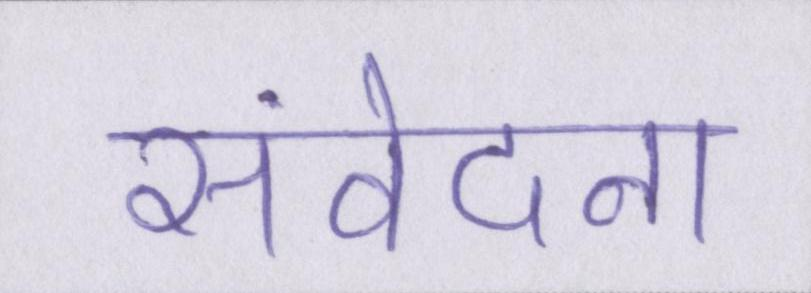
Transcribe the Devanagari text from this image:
संवेदना